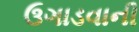
ઉગાડવાની